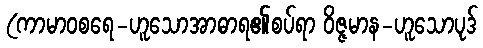
(ကာမာဝစရေ-ဟူသောအာဓာရ၏စပ်ရာ ဝိဇ္ဇမာန-ဟူသောပုဒ်